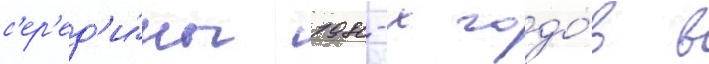
с'ер'ед'и́ны 1980-х годо́в в